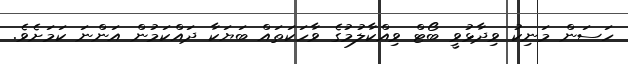
ހަސަން މަނިކު ވިދާޅުވީ ބޯޓް ވިއްކާލުމުގެ ވާހަކަތައް ބަޔަކާ ދައްކަމުން އަންނަ ކަމަށެވެ.